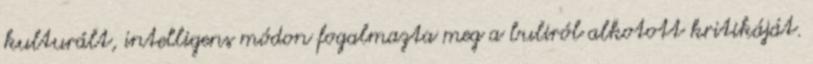
kulturált, intelligens módon fogalmazta meg a buliról alkotott kritikáját.